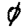
Digit: 0